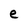
Character: e